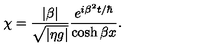
\chi = { \frac { | \beta | } { \sqrt { | \eta g | } } } { \frac { e ^ { i \beta ^ { 2 } t / \hbar } } { \cosh \beta x } } .